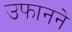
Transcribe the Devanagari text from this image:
उफानने